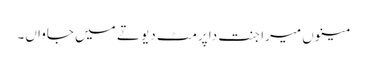
مینوں میرا جنت دا پرمٹ دیو تے میں جاواں۔